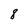
Character: 8